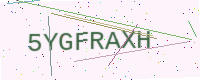
Text: 5YGFRAXH